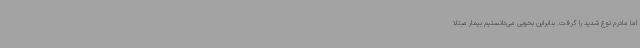
اما مادرم نوع شدید را گرفت. بنابراین بخوبی می‌دانستیم بیمار مبتلا